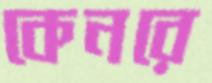
কেনরে